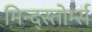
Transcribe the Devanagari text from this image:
मिन्द्स्तोर्म्स